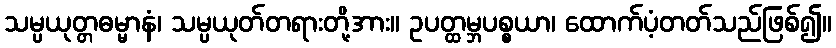
သမ္ပယုတ္တဓမ္မာနံ၊ သမ္ပယုတ်တရားတို့အား။ ဥပတ္ထမ္ဘပစ္စယာ၊ ထောက်ပံ့တတ်သည်ဖြစ်၍။